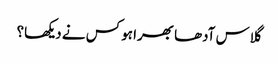
گلاس آدھا بھرا ہو کس نے دیکھا؟